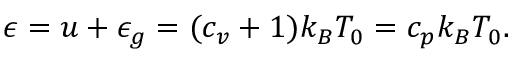
\epsilon = u + \epsilon _ { g } = ( c _ { v } + 1 ) k _ { B } T _ { 0 } = c _ { p } k _ { B } T _ { 0 } .